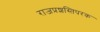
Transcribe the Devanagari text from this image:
राजप्रशस्तिपरक